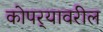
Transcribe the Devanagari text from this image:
कोपर्‍यावरील